Indian journal of veterinary science and animal husbandry - Volume 10,
Year: 1940
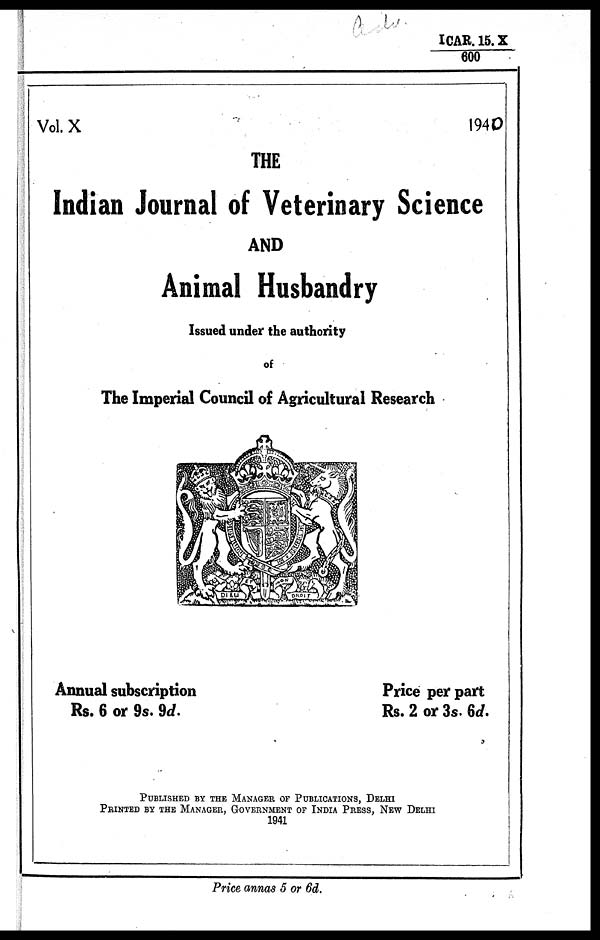
ICAR. 15. X / 600
Vol. X
1940
THE
Indian Journal of Veterinary Science
AND
Animal Husbandry
Issued under the authority
of
The Imperial Council of Agricultural Research
Annual subscription
Price per part
Rs. 6 or 9s. 9d.
Rs. 2 or 3s. 6d.
PUBLISHED BY THE MANAGER OF PUBLICATIONS, DELHI
PRINTED BY THE MANAGER, GOVERNMENT OF INDIA PRESS, NEW DELHI
1941
Price annas 5 or 6d.